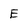
Character: E